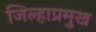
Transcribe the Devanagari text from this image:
जिल्हाप्रमुख